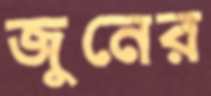
জুনের